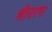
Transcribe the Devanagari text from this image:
श्रीचरणां